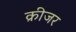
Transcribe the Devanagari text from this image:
क्रीजर